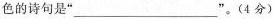
色的诗句是“___”。(4分)